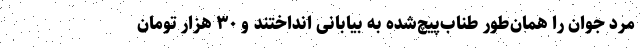
مرد جوان را همان‌طور طناب‌پیچ‌شده به بیابانی انداختند و ۳۰ هزار تومان